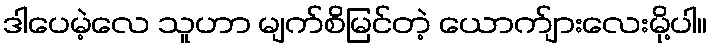
ဒါပေမဲ့လေ သူဟာ မျက်စိမြင်တဲ့ ယောက်ျားလေးမို့ပါ။